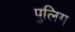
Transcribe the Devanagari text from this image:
पुलिग